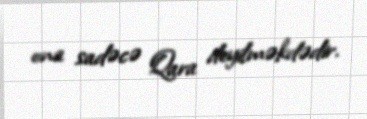
ona sadəcə Qara deyilməkdədir.